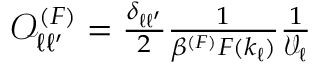
\begin{array} { r } { \mathcal { O } _ { \ell \ell ^ { \prime } } ^ { ( F ) } = \frac { \delta _ { \ell \ell ^ { \prime } } } { 2 } \frac { 1 } { \beta ^ { ( F ) } F ( k _ { \ell } ) } \frac { 1 } { \mathcal { V } _ { \ell } } } \end{array}